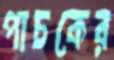
পাচকের